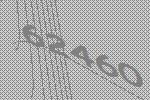
62460